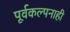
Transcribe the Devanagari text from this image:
पूर्वकल्पनाही